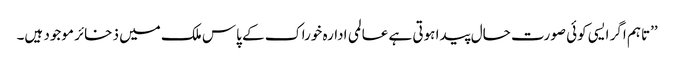
’’تاہم اگر ایسی کوئی صورت حال پیدا ہوتی ہے عالمی ادارہ خوراک کے پاس ملک میں ذخائر موجود ہیں۔